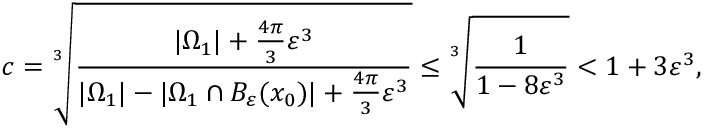
c = \sqrt [ 3 ] { \frac { | \Omega _ { 1 } | + \frac { 4 \pi } { 3 } \varepsilon ^ { 3 } } { | \Omega _ { 1 } | - | \Omega _ { 1 } \cap B _ { \varepsilon } ( x _ { 0 } ) | + \frac { 4 \pi } { 3 } \varepsilon ^ { 3 } } } \leq \sqrt [ 3 ] { \frac { 1 } { 1 - 8 \varepsilon ^ { 3 } } } < 1 + 3 \varepsilon ^ { 3 } ,